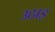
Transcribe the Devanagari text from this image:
उठाइ